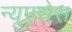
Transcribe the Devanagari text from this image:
न्यूएसेस